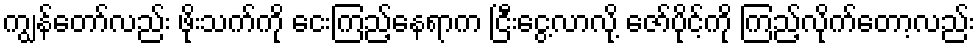
ကျွန်တော်လည်း ဖိုးသက်ကို ငေးကြည့်နေရာက ငြီးငွေ့လာလို့ ဇော်ပိုင့်ကို ကြည့်လိုက်တော့လည်း